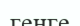
генге